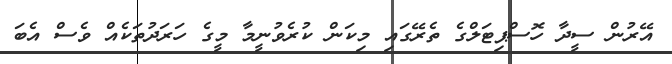
އޭރުން ސީދާ ހޮސްޕިޓަލްގެ ތެރޭގައި މިކަން ކުރެވުނީމާ މީގެ ހަރަދުތަކެއް ވެސް އެބަ